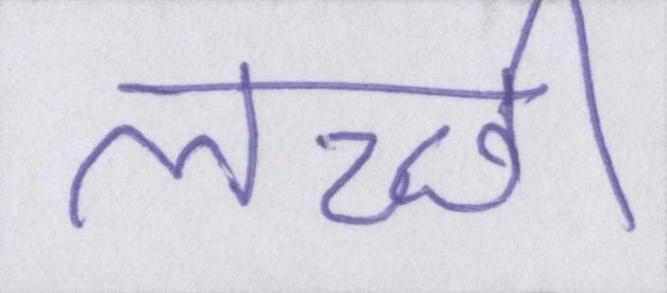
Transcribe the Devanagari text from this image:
लच्छी